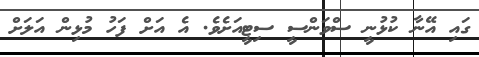
ގައި އޭނާ ކުޅުނީ ސްވަންސީ ސިޓީއަށެވެ. އެ އަށް ފަހު މުޅިން އަލަށް